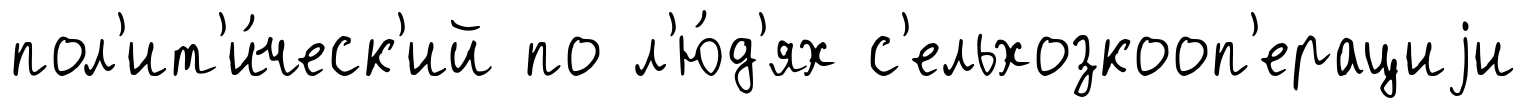
пол'ит'и́ческ'ий по л'ю́д'ях с'ельхозкооп'ерациjи